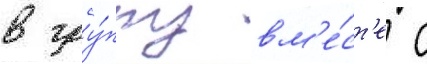
в гру́ппу вм'е́ст'е с